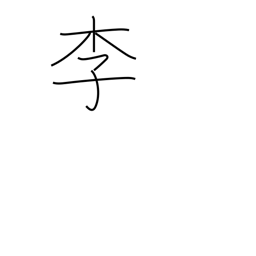
Meaning: plum